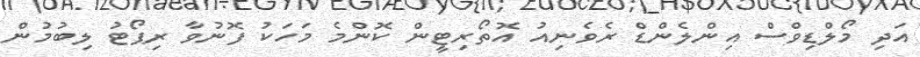
އަދި މޯލްޑިވްސް އިންލެންޑް ރެވެނިއު އޮތޯރިޓީން ކޮންމެ މަހަކު ފޮނުވާ ރިޕޯޓު ލިބުމުން